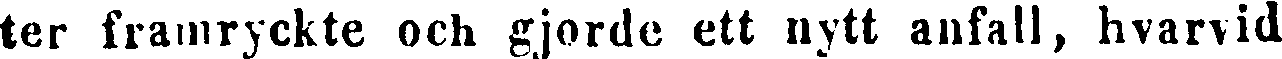
ter framryckte och gjorde att nytt anfall, hvarvid